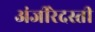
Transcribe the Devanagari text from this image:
अंजीरेदस्ती